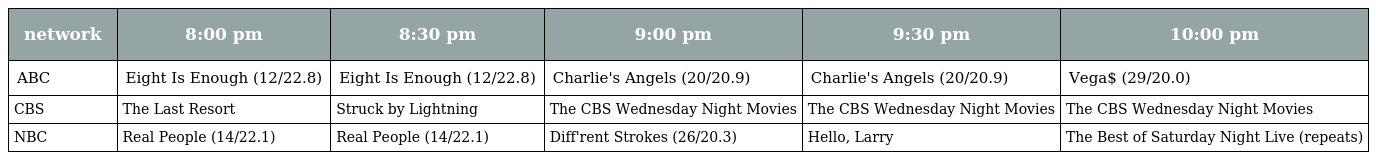
| network | 8:00 pm | 8:30 pm | 9:00 pm | 9:30 pm | 10:00 pm |
 | --- | --- | --- | --- | --- | --- |
 | ABC | Eight Is Enough (12/22.8) | Eight Is Enough (12/22.8) | Charlie's Angels (20/20.9) | Charlie's Angels (20/20.9) | Vega$ (29/20.0) |
 | CBS | The Last Resort | Struck by Lightning | The CBS Wednesday Night Movies | The CBS Wednesday Night Movies | The CBS Wednesday Night Movies |
 | NBC | Real People (14/22.1) | Real People (14/22.1) | Diff'rent Strokes (26/20.3) | Hello, Larry | The Best of Saturday Night Live (repeats) |